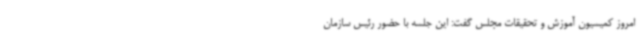
امروز کمیسیون آموزش و تحقیقات مجلس گفت: این جلسه با حضور رئیس سازمان